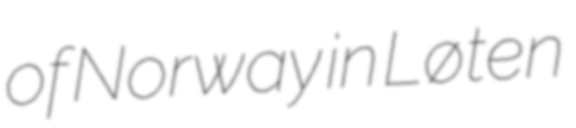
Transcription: of Norway in Løten